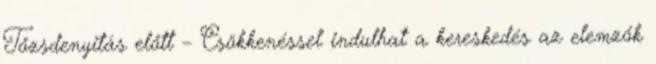
Tőzsdenyitás előtt – Csökkenéssel indulhat a kereskedés az elemzők